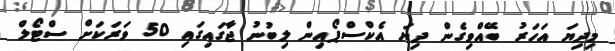
މިދިޔަ އަހަރު ބޭއްވިގެން ދިޔަ އެކްސްޕޯއިން ލިބުނު ޖާގައިގައި 50 ވަރަކަށް ސްޓޯލް